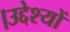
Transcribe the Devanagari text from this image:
।उद्देश्यों